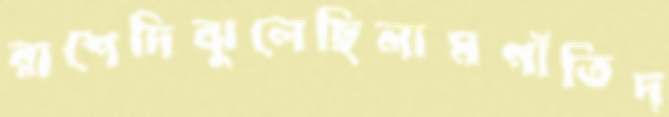
রাশেদিঝুলেছিলামগাঁতিদ্